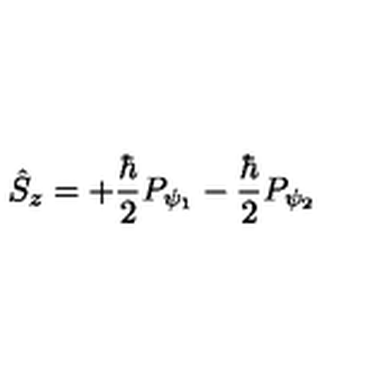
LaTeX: \hat { S } _ { z } = + \frac { \hbar } 2 P _ { \psi _ { 1 } } - \frac { \hbar } 2 P _ { \psi _ { 2 } }